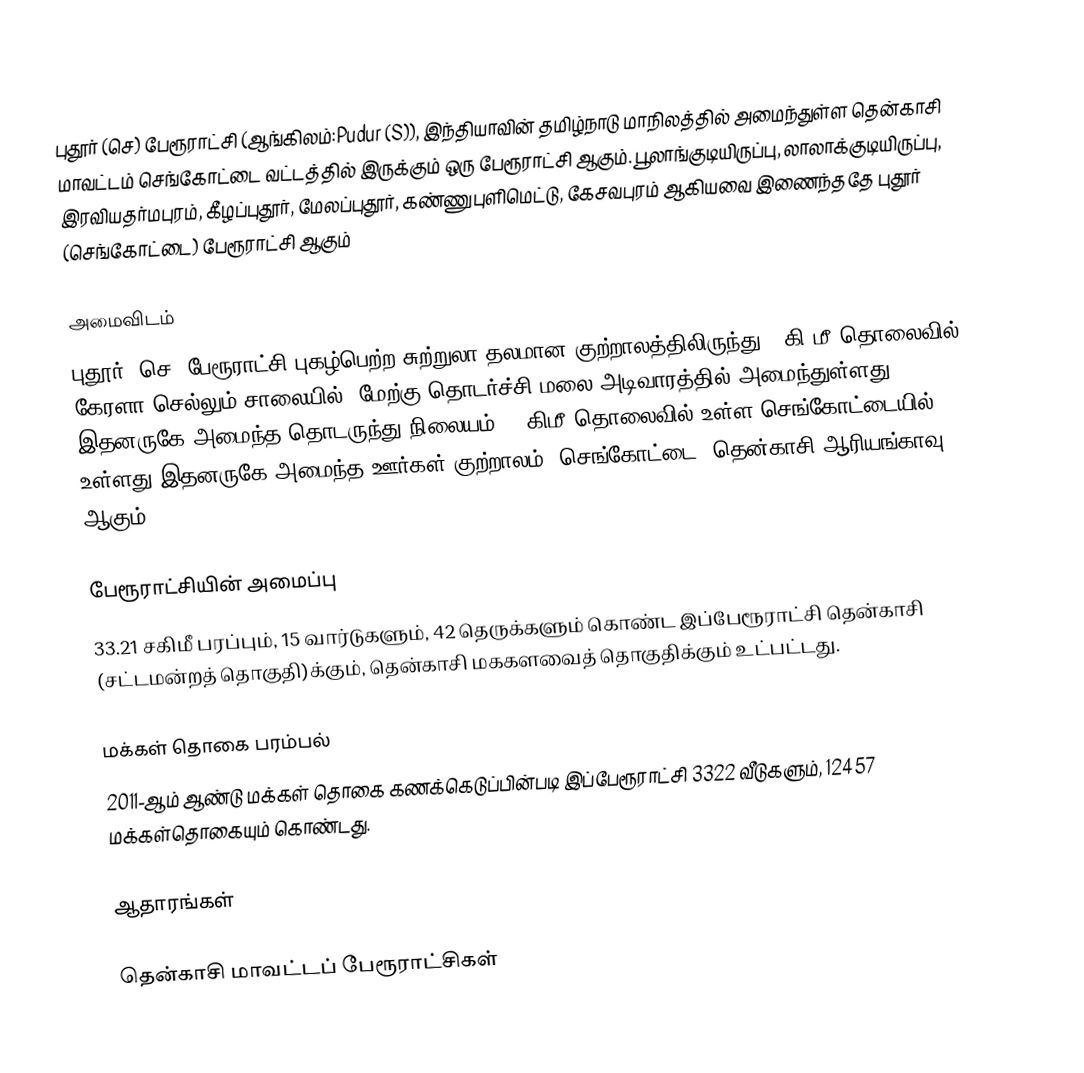
புதூர் (செ) பேரூராட்சி (ஆங்கிலம்:Pudur (S)), இந்தியாவின் தமிழ்நாடு மாநிலத்தில் அமைந்துள்ள தென்காசி மாவட்டம் செங்கோட்டை வட்டத்தில் இருக்கும் ஒரு பேரூராட்சி ஆகும். பூலாங்குடியிருப்பு, லாலாக்குடியிருப்பு, இரவியதர்மபுரம், கீழப்புதூர், மேலப்புதூர், கண்ணுபுளிமெட்டு, கேசவபுரம் ஆகியவை இணைந்ததே புதூர் (செங்கோட்டை) பேரூராட்சி ஆகும்

அமைவிடம்
புதூர் (செ) பேரூராட்சி புகழ்பெற்ற சுற்றுலா தலமான குற்றாலத்திலிருந்து 8 கி.மீ தொலைவில், கேரளா செல்லும் சாலையில், மேற்கு தொடர்ச்சி மலை அடிவாரத்தில் அமைந்துள்ளது. இதனருகே அமைந்த தொடருந்து நிலையம், 5 கிமீ தொலைவில் உள்ள செங்கோட்டையில் உள்ளது இதனருகே அமைந்த ஊர்கள் குற்றாலம், செங்கோட்டை, தென்காசி  ஆரியங்காவு ஆகும்.

பேரூராட்சியின் அமைப்பு
33.21 சகிமீ பரப்பும்,  15 வார்டுகளும், 42  தெருக்களும் கொண்ட இப்பேரூராட்சி  தென்காசி (சட்டமன்றத் தொகுதி)க்கும், தென்காசி மககளவைத் தொகுதிக்கும் உட்பட்டது.

மக்கள் தொகை பரம்பல்
2011-ஆம் ஆண்டு மக்கள் தொகை கணக்கெடுப்பின்படி  இப்பேரூராட்சி                 3322 வீடுகளும், 12457  மக்கள்தொகையும் கொண்டது.

ஆதாரங்கள்

தென்காசி மாவட்டப் பேரூராட்சிகள்